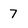
Character: 7